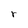
Character: r